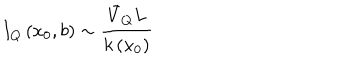
I _ { Q } \left( x _ { 0 } , b \right) \sim \frac { \bar { V } _ { Q } L } { k \left( x _ { 0 } \right) }